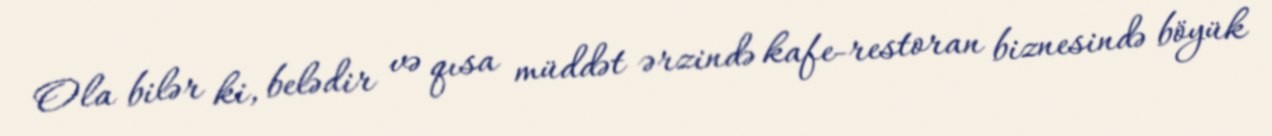
Ola bilər ki, belədir və qısa müddət ərzində kafe-restoran biznesində böyük